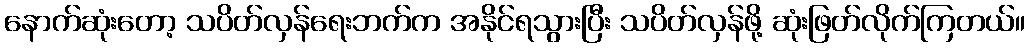
နောက်ဆုံးတော့ သပိတ်လှန်ရေးဘက်က အနိုင်ရသွားပြီး သပိတ်လှန်ဖို့ ဆုံးဖြတ်လိုက်ကြတယ်။